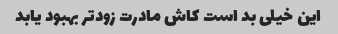
این خیلی بد است کاش مادرت زودتر بهبود یابد